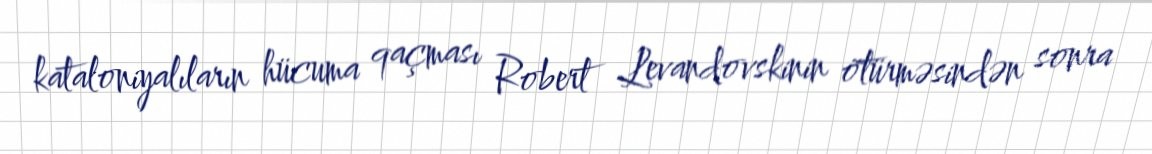
kataloniyalıların hücuma qaçması Robert Levandovskinin ötürməsindən sonra